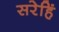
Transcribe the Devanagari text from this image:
सरेहिं